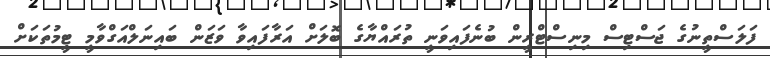
ފަލަސްތީނުގެ ޖަސްޓިސް މިނިސްޓްރީން ބުނެފައިވަނީ ތުރައްޔާގެ ބޮލަށް އަރާފައިވާ ވަޒަން ބައިނަލްއަގްވާމީ ޓީމުތަކަށް